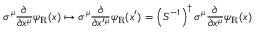
\sigma ^ { \mu } { \frac { \partial } { \partial x ^ { \mu } } } \psi _ { \mathrm { { R } } } ( x ) \mapsto \sigma ^ { \mu } { \frac { \partial } { \partial x ^ { \prime \mu } } } \psi _ { \mathrm { { R } } } ( x ^ { \prime } ) = \left( S ^ { - 1 } \right) ^ { \dagger } \sigma ^ { \mu } { \frac { \partial } { \partial x ^ { \mu } } } \psi _ { \mathrm { { R } } } ( x )